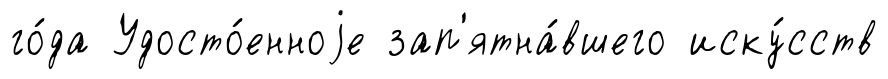
го́да Удосто́енноjе зап'ятна́вшего иску́сств